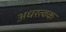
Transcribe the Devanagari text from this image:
अधरत्वक